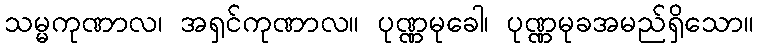
သမ္မကုဏာလ၊ အရှင်ကုဏာလ။ ပုဏ္ဏမုခေါ၊ ပုဏ္ဏမုခအမည်ရှိသော။